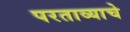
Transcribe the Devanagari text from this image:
परताव्याचे